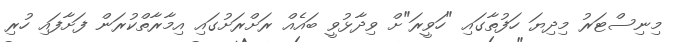
މިނިސްޓަރު މިދިޔަ ހަފުތާގައި "ހަވީރަ"ށް ވިދާޅުވީ ބައެއް ރަށްރަށުގައި އިމާރާތްކުރަން ފަށާފައި ހުރި